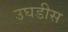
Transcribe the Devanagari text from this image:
उघडीस